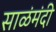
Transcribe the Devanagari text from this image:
साळंमंदी